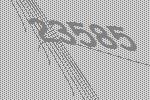
23585